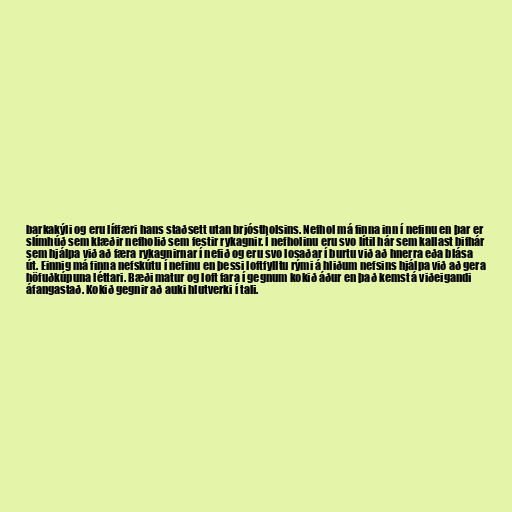
barkakýli og eru líffæri hans staðsett utan brjóstholsins. Nefhol má finna inn í nefinu en þar er
slímhúð sem klæðir nefholið sem festir rykagnir. Í nefholinu eru svo lítil hár sem kallast bifhár
sem hjálpa við að færa rykagnirnar í nefið og eru svo losaðar í burtu við að hnerra eða blása
út. Einnig má finna nefskútu í nefinu en þessi loftfylltu rými á hliðum nefsins hjálpa við að gera
höfuðkúpuna léttari. Bæði matur og loft fara í gegnum kokið áður en það kemst á viðeigandi
áfangastað. Kokið gegnir að auki hlutverki í tali.